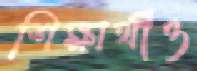
শিক্ষার্থীও